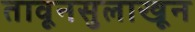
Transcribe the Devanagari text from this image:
तावूनसुलाखून